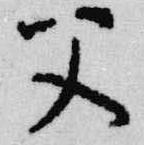
父